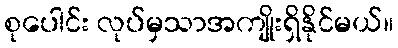
စုပေါင်း လုပ်မှသာအကျိုးရှိနိုင်မယ်။